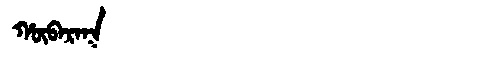
Manchu: ᡥᡡᠪᠠᡵᠠᡴ
Romanization: HŪBARAK